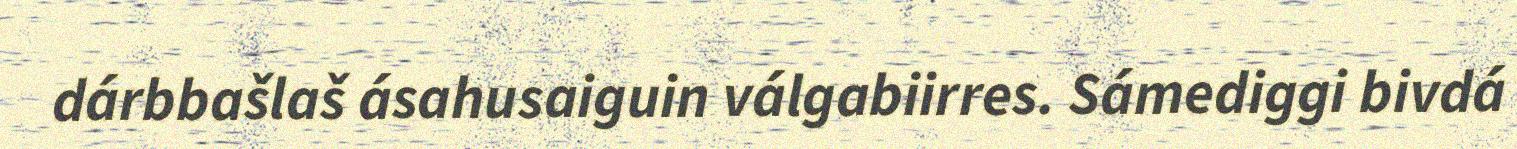
dárbbašlaš ásahusaiguin válgabiirres. Sámediggi bivdá